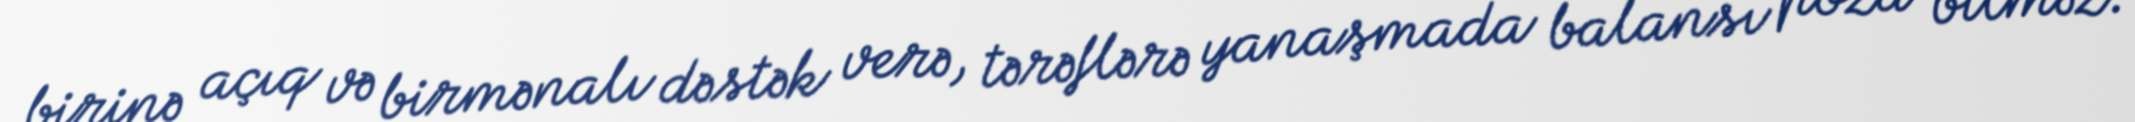
birinə açıq və birmənalı dəstək verə, tərəflərə yanaşmada balansı poza bilməz.